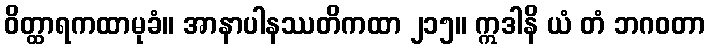
ဝိတ္ထာရကထာမုခံ။ အာနာပါနဿတိကထာ ၂၁၅။ ဣဒါနိ ယံ တံ ဘဂဝတာ